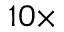
1 0 \times